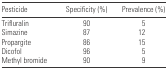
<table><thead><tr><td><b>Pesticide</b></td><td><b>Specificity (%)</b></td><td><b>Prevalence (%)</b></td></tr></thead><tbody><tr><td>Trifluralin</td><td>90</td><td>5</td></tr><tr><td>Simazine</td><td>87</td><td>12</td></tr><tr><td>Propargite</td><td>86</td><td>15</td></tr><tr><td>Dicofol</td><td>96</td><td>5</td></tr><tr><td>Methyl bromide</td><td>90</td><td>9</td></tr></tbody></table>